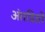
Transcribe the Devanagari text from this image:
अंतडिय़ों